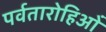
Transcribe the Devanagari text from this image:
पर्वतारोहिओं